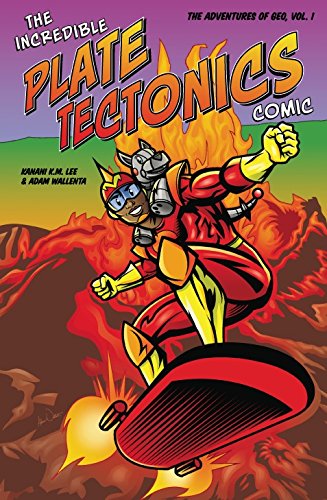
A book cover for The Incredible Plate Tectonics Comic: The Adventures of Geo, Vol. 1; Kanani K. M. Lee; Comics & Graphic Novels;